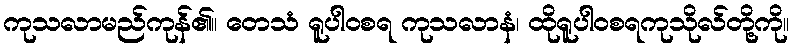
ကုသလာမည်ကုန်၏။ တေသံ ရူပါဝစရ ကုသလာနံ၊ ထိုရူပါဝစရကုသိုလ်တို့ကို။